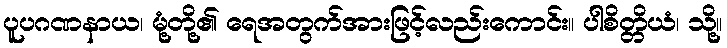
ပူပဂဏနာယ၊ မုံ့တို့၏ ရေအတွက်အားဖြင့်လည်းကောင်း။ ပါစိတ္တိယံ၊ သို့။